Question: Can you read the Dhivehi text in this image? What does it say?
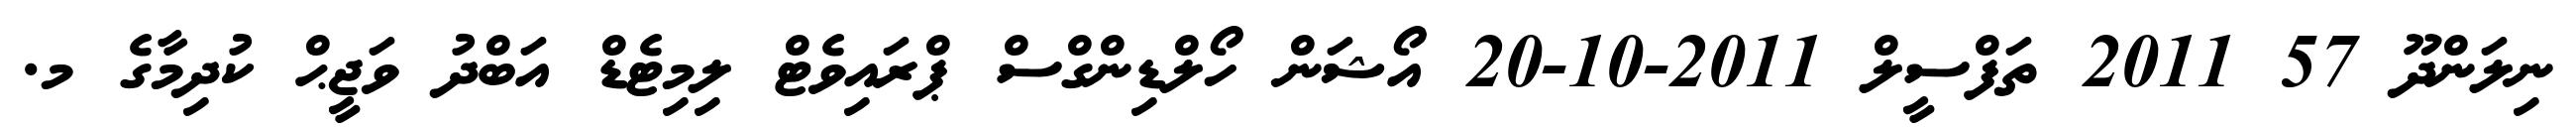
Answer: ނިލަންދޫ 57 2011 ތަފްސީލް 2011-10-20 އޯޝަން ހޯލްޑިންގްސް ޕްރައިވެޓް ލިމިޓެޑް އަބްދު ވަޖީޙް ކުދިމާގެ މ.